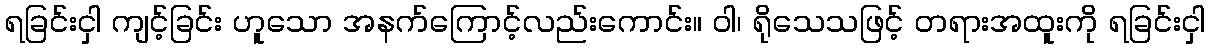
ရခြင်းငှါ ကျင့်ခြင်း ဟူသော အနက်ကြောင့်လည်းကောင်း။ ဝါ၊ ရိုသေသဖြင့် တရားအထူးကို ရခြင်းငှါ